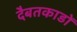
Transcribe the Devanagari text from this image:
दैबतकाडों